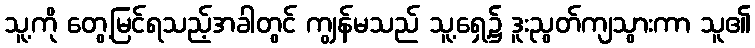
သူ့ကို တွေ့မြင်ရသည့်အခါတွင် ကျွန်မသည် သူ့ရှေ့၌ ဒူးညွတ်ကျသွားကာ သူ၏